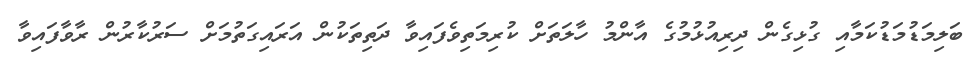
ބަލިމަޑުމަޑުކަމާއި ގުޅިގެން ދިރިއުޅުމުގެ އާންމު ހާލަތަށް ކުރިމަތިވެފައިވާ ދަތިތަކުން އަރައިގަތުމަށް ސަރުކާރުން ރާވާފައިވާ